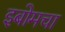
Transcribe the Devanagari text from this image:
इबोमचा